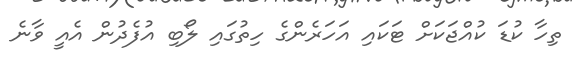
ތިހާ ކުޑަ ކުއްޖަކަށް ޓަކައި އަހަރެންގެ ހިތުގައި ލޯބި އުފެދުން އެއީ ވާނެ